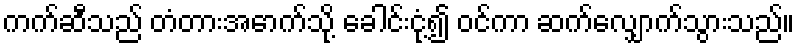
ကက်ဆီသည် တံတားအောက်သို့ ခေါင်းငုံ့၍ ဝင်ကာ ဆက်လျှောက်သွားသည်။